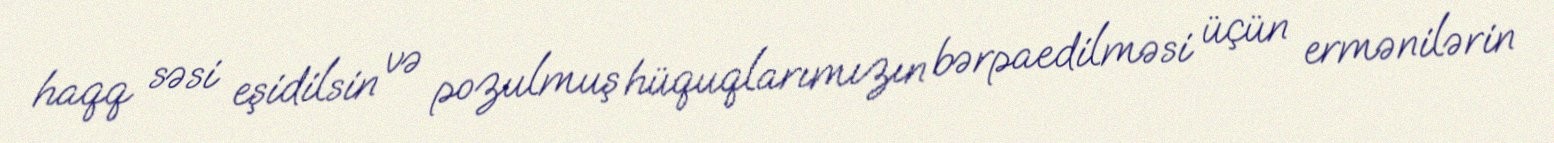
haqq səsi eşidilsin və pozulmuş hüquqlarımızın bərpaedilməsi üçün ermənilərin